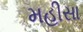
મહીસા